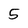
Character: 5